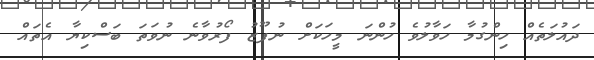
ދައުލަތެއް ހިންގުމާ ހަވާލުވެ ހުންނަ މީހަކަށް ނުފޫޒު ފޯރުވާނެ ނުވަތަ ބަސްކިޔާ އެތައް